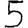
Digit: 5